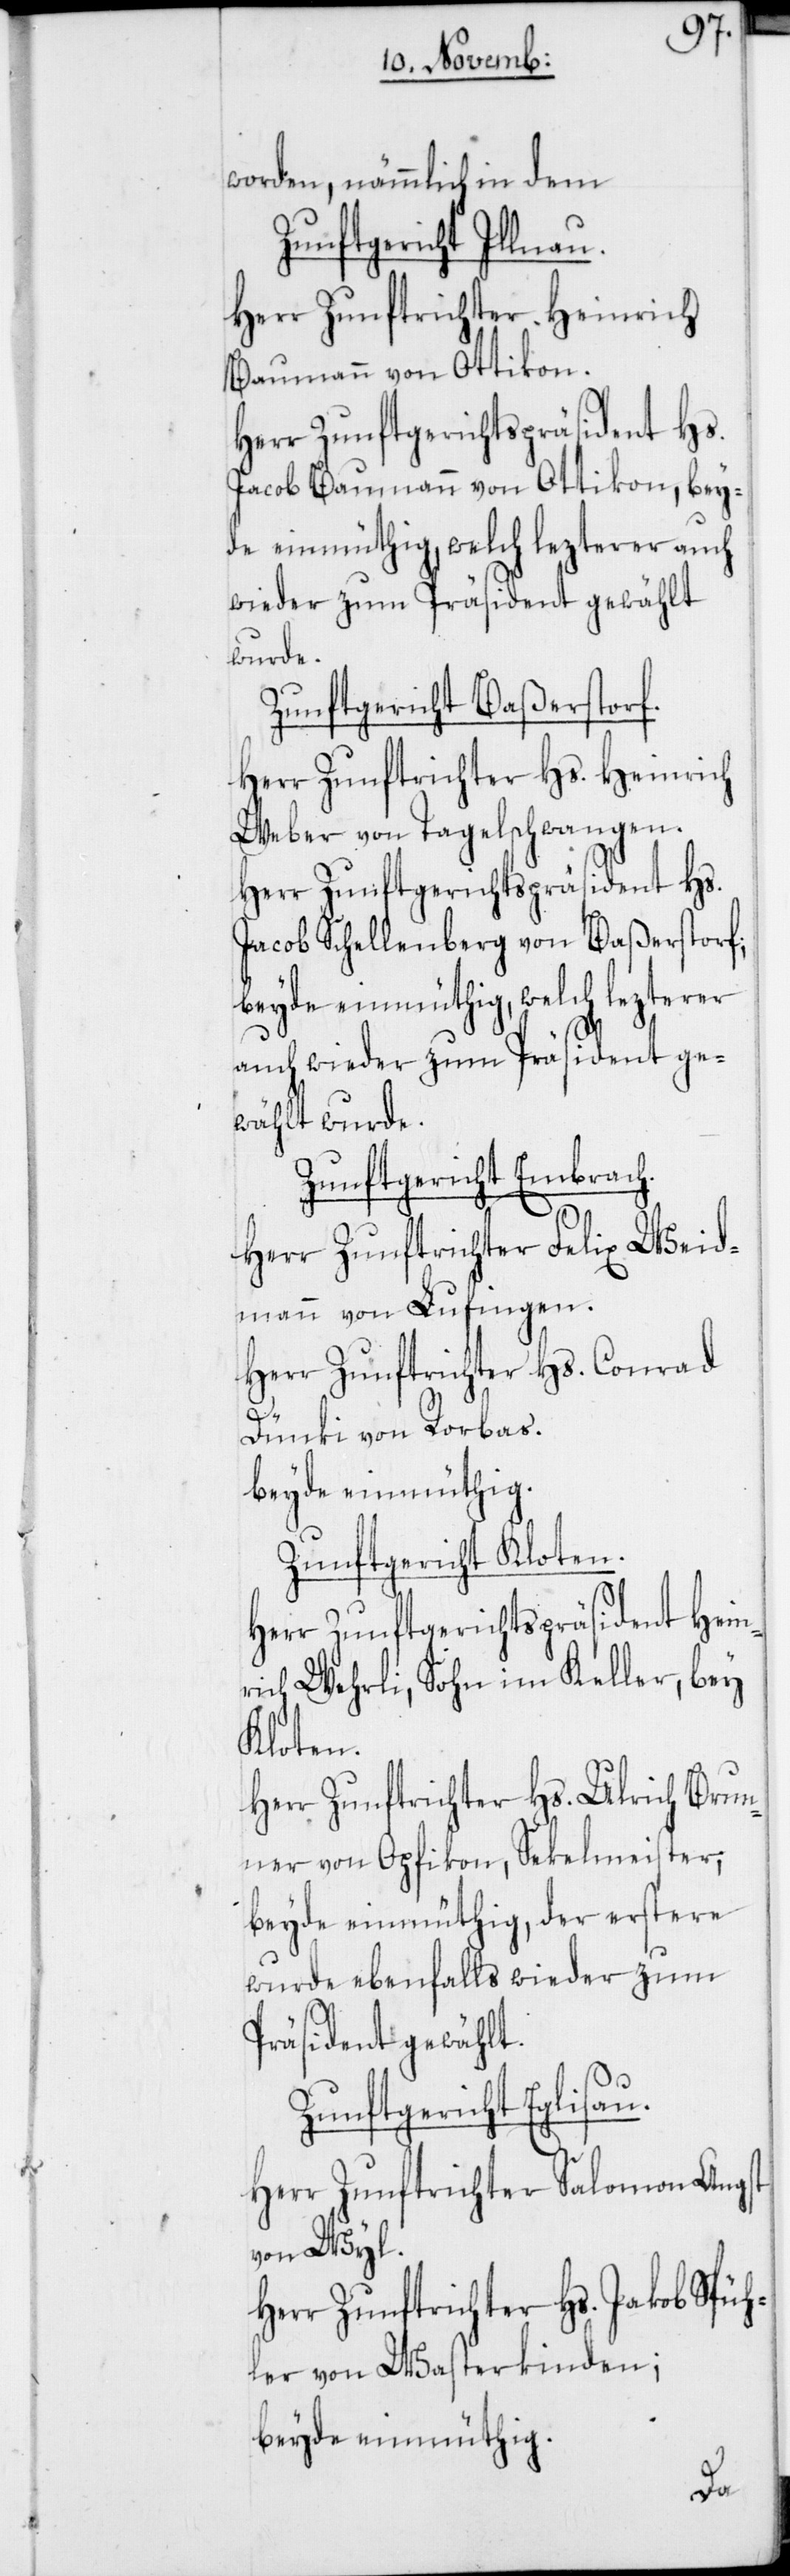
worden, nämmlich in dem
Zunftgericht Illnau.
Herr Zunftrichter Heinrich
Baumann von Ottikon,
Herr Zunftgerichtspräsident Hs.
Zunftgericht Baßerstorf.
Herr Zunftrichter Hs. Heinrich
Weber von Tagelschwangen.
Herr Zunftgerichtspräsident Hs.
Jacob Schellenberg von Baßerstorf;
beyde einmüthig, welch lezterer
auch wieder zum Präsident ge¬
wählt wurde.
Zunftgericht Embrach.
Herr Zunftrichter Felix Weid¬
mann von Lufingen.
Herr Zunftrichter Hs. Conrad
Dünki von Rorbas.
beyde einmüthig.
Zunftgericht Kloten.
Herr Zunftgerichtspräsident Hein¬
rich Wehrli, Sohn im Keller, bey
Kloten.
Herr Zunftrichter Hs. Ulrich Brun¬
ner von Opfikon, Sekelmeister;
beyde einmüthig, der erstere
wurde ebenfalls wieder zum
Präsident gewählt.
Zunftgericht Eglisau.
Herr Zunftrichter Salomon Angst
von Wil.
Herr Zunftrichter Hs. Jacob Spüh¬
ler von Wasterkingen;
beyde einmüthig.